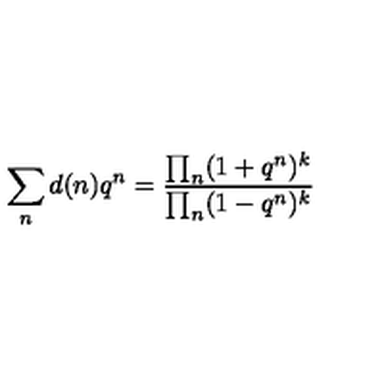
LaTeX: \sum _ { n } d ( n ) q ^ { n } = \frac { \prod _ { n } ( 1 + q ^ { n } ) ^ { k } } { \prod _ { n } ( 1 - q ^ { n } ) ^ { k } }